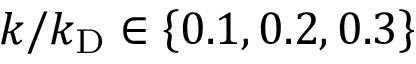
k / k _ { \mathrm { D } } \in \left\{ 0 . 1 , 0 . 2 , 0 . 3 \right\}